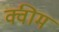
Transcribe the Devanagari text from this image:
क्वीम